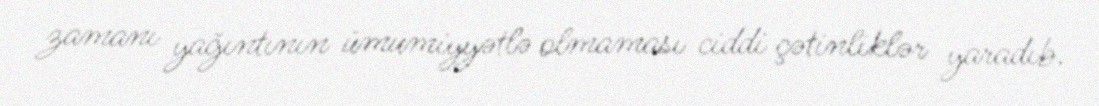
zamanı yağıntının ümumiyyətlə olmaması ciddi çətinliklər yaradıb.